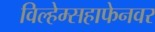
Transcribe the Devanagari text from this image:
विल्हेम्सहाफेनवर